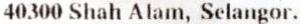
40300 SHAH ALAM, SELANGOR.